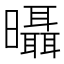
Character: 𣌍